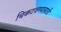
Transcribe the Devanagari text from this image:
चिकटवण्यासाठी